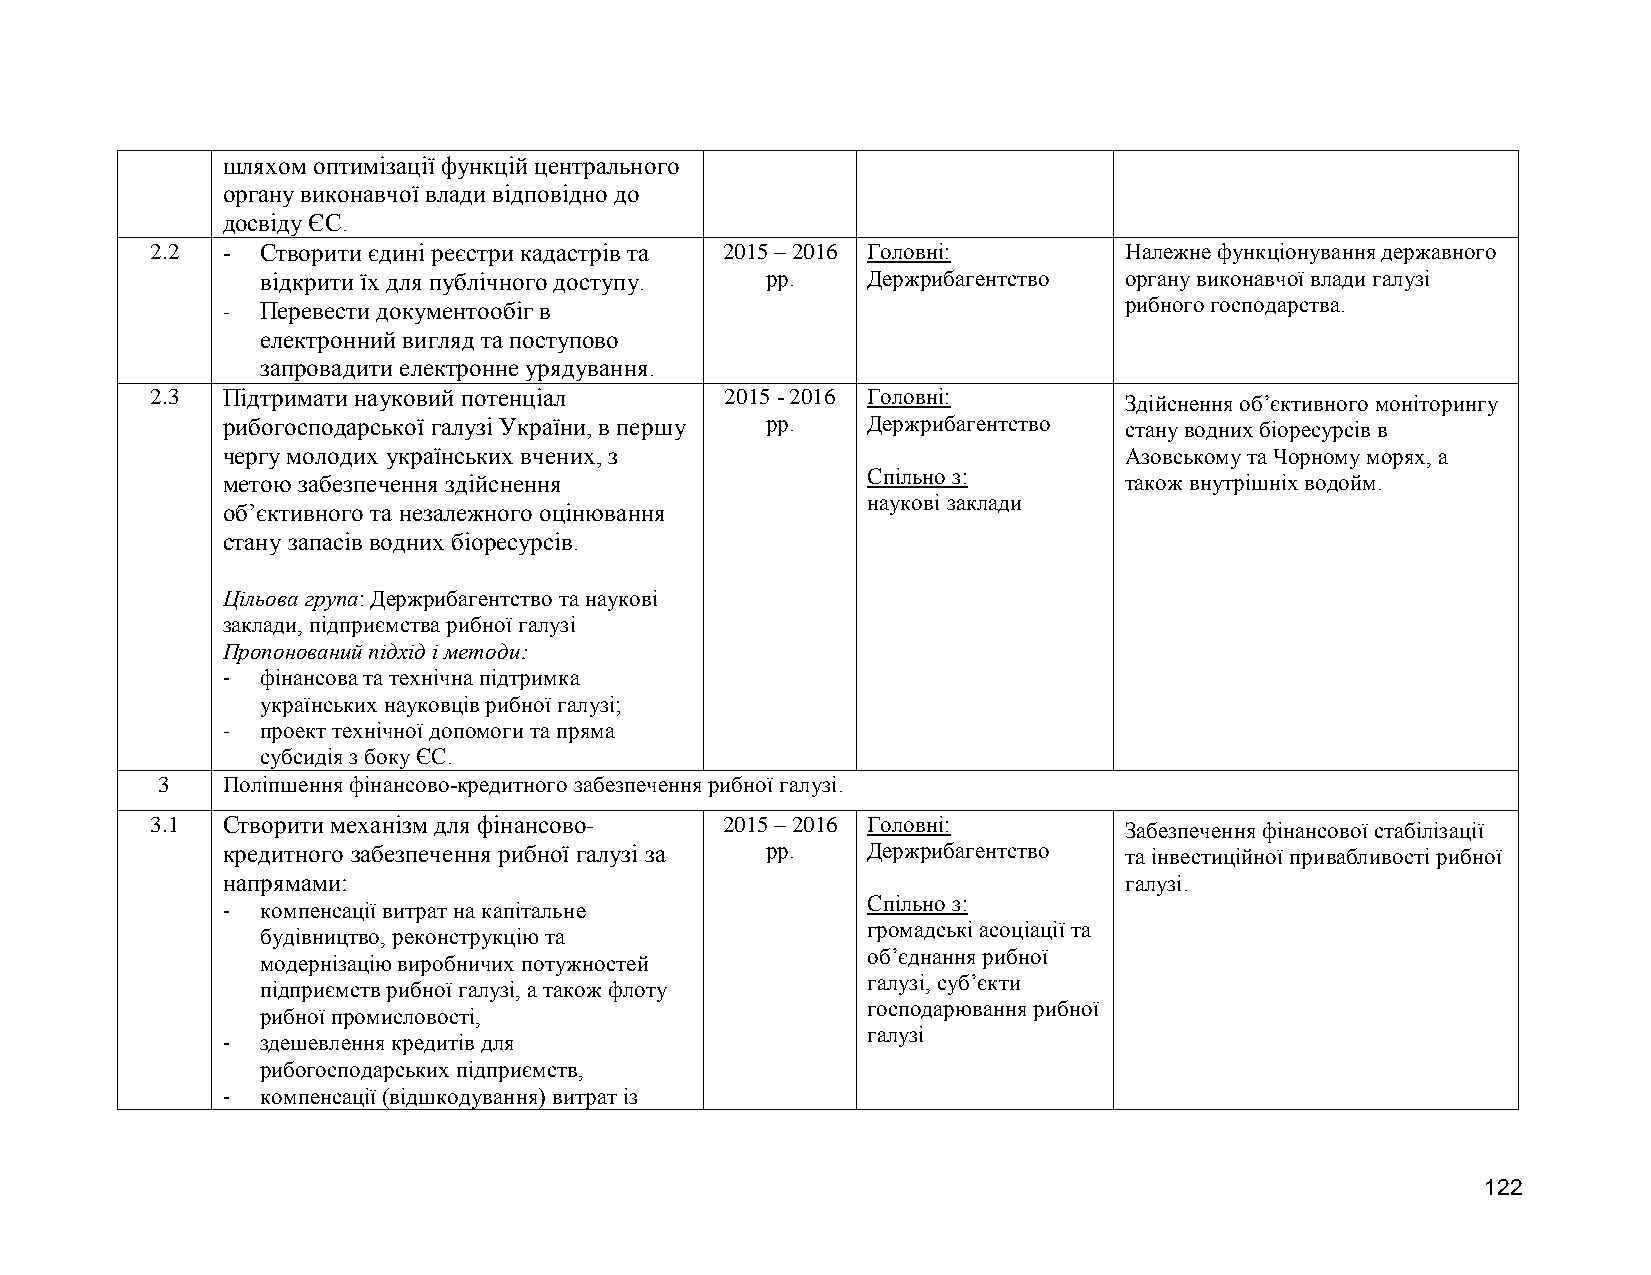
шляхом оптимізації функцій центрального
 органу виконавчої влади відповідно до
 досвіду ЄС.
 2.2  - Створити єдині реєстри кадастрів та 2015 – 2016 Головні: Належне функціонування державного
 відкрити їх для публічного доступу. рр. Держрибагентство органу виконавчої влади галузі
 - Перевести документообіг в                                рибного господарства.
 електронний вигляд та поступово
 запровадити електронне урядування.
 2.3  Підтримати науковий потенціал    2015 - 2016 Головні:      Здійснення об’єктивного моніторингу
 рибогосподарської галузі України, в першу рр. Держрибагентство стану водних біоресурсів в
 чергу молодих українських вчених, з                        Азовському та Чорному морях, а
 метою забезпечення здійснення             Спільно з:       також внутрішніх водойм.
 наукові заклади
 об’єктивного та незалежного оцінювання
 стану запасів водних біоресурсів.
 Цільова група: Держрибагентство та наукові
 заклади, підприємства рибної галузі
 Пропонований підхід і методи:
 - фінансова та технічна підтримка
 українських науковців рибної галузі;
 - проект технічної допомоги та пряма
 субсидія з боку ЄС.
 3    Поліпшення фінансово-кредитного забезпечення рибної галузі.
 3.1  Створити механізм для фінансово- 2015 – 2016 Головні:      Забезпечення фінансової стабілізації
 кредитного забезпечення рибної галузі за рр. Держрибагентство та інвестиційної привабливості рибної
 напрямами:                                                 галузі.
 Спільно з:
 - компенсації витрат на капітальне
 громадські асоціації та
 будівництво, реконструкцію та
 об’єднання рибної
 модернізацію виробничих потужностей
 галузі, суб’єкти
 підприємств рибної галузі, а також флоту
 господарювання рибної
 рибної промисловості,
 галузі
 - здешевлення кредитів для
 рибогосподарських підприємств,
 - компенсації (відшкодування) витрат із
 122